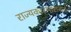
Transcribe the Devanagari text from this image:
राज्यकारभाराकडे